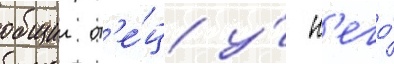
общии от'е́ц у́ н'его́